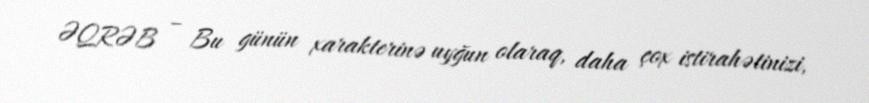
ƏQRƏB – Bu günün xarakterinə uyğun olaraq, daha çox istirahətinizi,